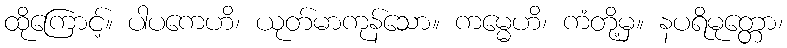
ထိုကြောင့်။ ပါပကေဟိ၊ ယုတ်မာကုန်သော။ ကမ္မေဟိ၊ ကံတို့မှ။ နပရိမုတ္တော၊